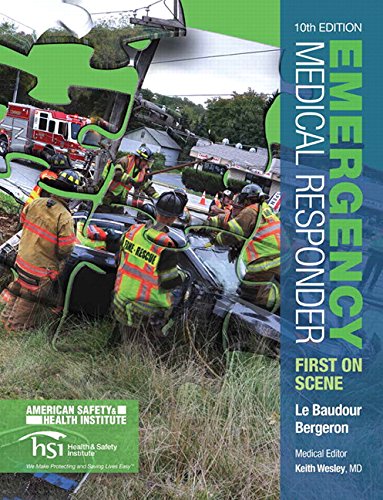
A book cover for Emergency Medical Responder: First on Scene (10th Edition) (EMR); Chris Le Baudour; Medical Books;